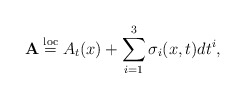
\begin{gather*}\mathbf{A}\overset{\rm loc}{=} A_t(x)+\sum\limits_{i=1}^3 \sigma_i(x,t)dt^i,\end{gather*}